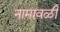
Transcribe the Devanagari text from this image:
नामावळी